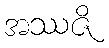
အဿဇိ